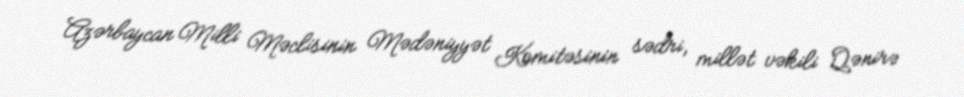
Azərbaycan Milli Məclisinin Mədəniyyət Komitəsinin sədri, millət vəkili Qənirə